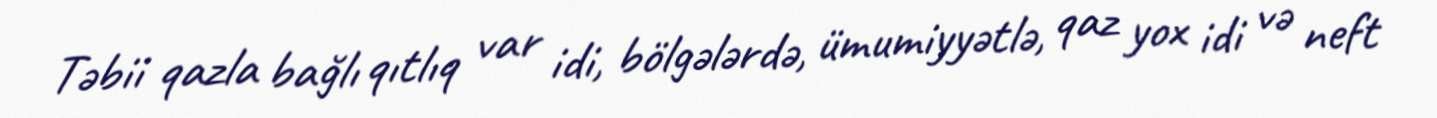
Təbii qazla bağlı qıtlıq var idi, bölgələrdə, ümumiyyətlə, qaz yox idi və neft